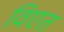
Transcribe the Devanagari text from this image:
विएत